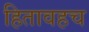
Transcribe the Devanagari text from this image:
हितावहच